Annual report of the Prince of Wales Medical College, Patna
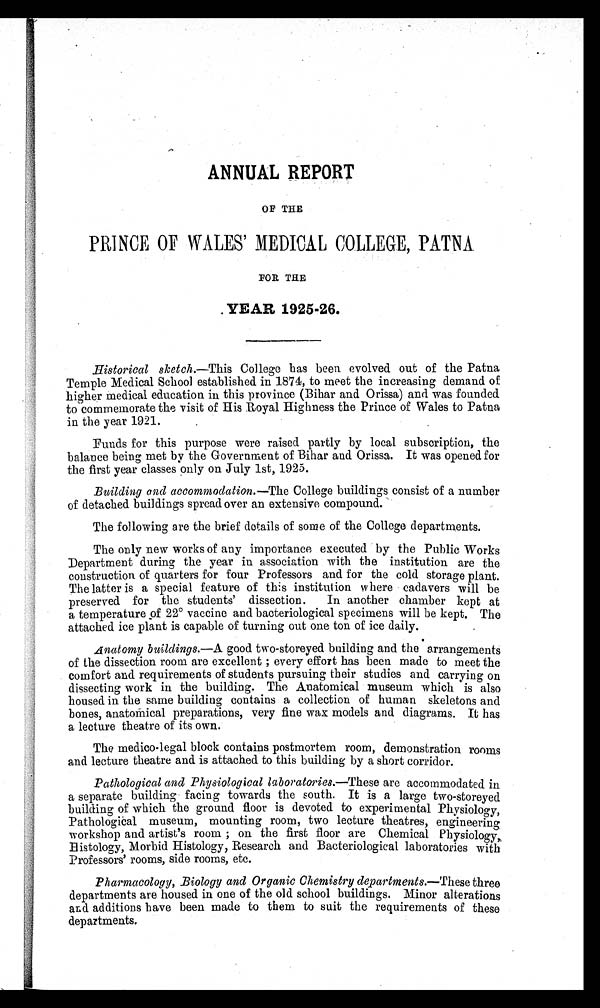
ANNUAL REPORT
OF THE
PRINCE OF WALES' MEDICAL COLLEGE, PATNA
FOR THE
YEAR 1925-26.
Historical sketch.— This College has been evolved out of the Patna
Temple Medical School established in 1874, to meet the increasing demand of
higher medical education in this province (Bihar and Orissa) and was founded
to commemorate the visit of His Royal Highness the Prince of Wales to Patna
in the year 1921.
Funds for this purpose were raised partly by local subscription, the
balance being met by the Government of Bihar and Orissa. It was opened for
the first year classes only on July 1st, 1925.
Building and accommodation.—The College buildings consist of a number
of detached buildings spread over an extensive compound.
The following are the brief details of some of the College departments.
The only new works of any importance executed by the Public Works
Department during the year in association with the institution are the
construction of quarters for four Professors and for the cold storage plant.
The latter is a special feature of this institution where cadavers will be
preserved for the students' dissection. In another chamber kept at
a temperature of 22° vaccine and bacteriological specimens will be kept. The
attached ice plant is capable of turning out one ton of ice daily.
Anatomy buildings .—A good two-storeyed building and the arrangements
of the dissection room are excellent; every effort has been made to meet the
comfort and requirements of students pursuing their studies and carrying on
dissecting work in the building. The Anatomical museum which is also
housed in the same building contains a collection of human skeletons and
bones, anatomical preparations, very fine wax models and diagrams. It has
a lecture theatre of its own.
The medico-legal block contains postmortem room, demonstration rooms
and lecture theatre and is attached to this building by a short corridor.
Pathological and Physiological laboratories .—These are accommodated in
a separate building facing towards the south. It is a large two-storeyed
building of which the ground floor is devoted to experimental Physiology,
Pathological museum, mounting room, two lecture theatres, engineering
workshop and artist's room; on the first floor are Chemical Physiology,
Histology, Morbid Histology, Research and Bacteriological laboratories with
Professors' rooms, side rooms, etc.
Pharmacology, Biology and Organic Chemistry departments .—These three
departments are housed in one of the old school buildings. Minor alterations
and additions have been made to them to suit the requirements of these
departments.